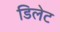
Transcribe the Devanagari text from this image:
डिलेट